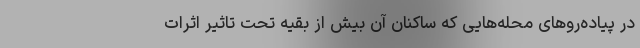
در پیاده‌روهای محله‌هایی که ساکنان آن بیش از بقیه تحت تاثیر اثرات